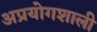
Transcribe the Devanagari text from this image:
अप्रयोगशाली